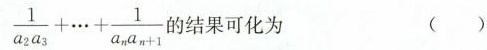
\frac{1}{a^2a^3}+…+\frac{1}{a_{n}a_{n+1}}的结果可化为 （ ）